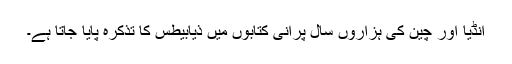
انڈیا اور چین کی ہزاروں سال پرانی کتابوں میں ذیابیطس کا تذکرہ پایا جاتا ہے۔